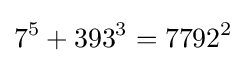
7^{5}+393^{3}=7792^{2}